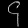
Digit: ၄